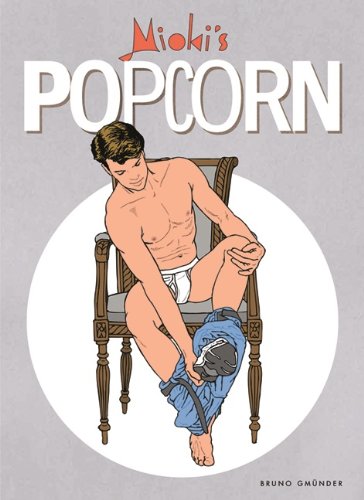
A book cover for Popcorn; Mioki; Comics & Graphic Novels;